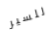
للسير